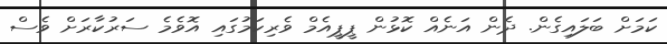
ކަމަށް ބަލައިގެން. ދެން އަނެއް ކޮޅުން ޕީޕީއެމް ވެރިކަމުގައި އޮވެމެ ސަރުކާރަށް ވެސް